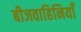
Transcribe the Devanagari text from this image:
बीजवाहिनियाँ